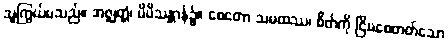
သူကြွယ်မသည်။ အဇ္ဈတ္တံ၊ မိမိသန္တာန်၌။ စေတော သမထဿ၊ စိတ်ကို ငြိမစေတတ်သော